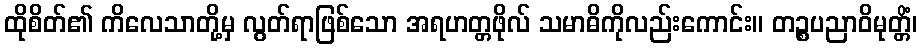
ထိုစိတ်၏ ကိလေသာတို့မှ လွတ်ရာဖြစ်သော အရဟတ္တဖိုလ် သမာဓိကိုလည်းကောင်း။ တဉ္စပညာဝိမုတ္တိံ၊